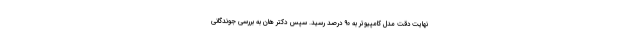
نهایت دقت مدل کامپیوتر به ۹۰ درصد رسید. سپس دکتر هان به بررسی جوندگانی